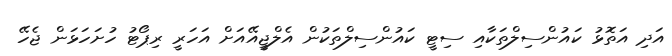
އަދި އަތޮޅު ކައުންސިލްތަކާއި ސިޓީ ކައުންސިލްތަކުން އެލްޖީއޭއަށް އަހަރީ ރިޕޯޓު ހުށަހަޅަން ޖެހޭ